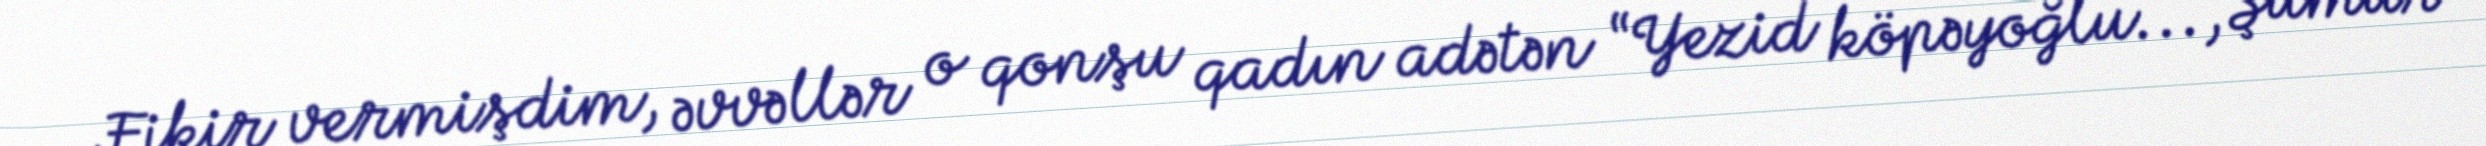
Fikir vermişdim, əvvəllər o qonşu qadın adətən “Yezid köpəyoğlu..., Şümür